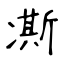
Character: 凘